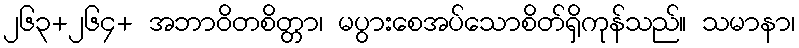
၂၆၃+၂၆၄+ အဘာဝိတစိတ္တာ၊ မပွားစေအပ်သောစိတ်ရှိကုန်သည်။ သမာနာ၊